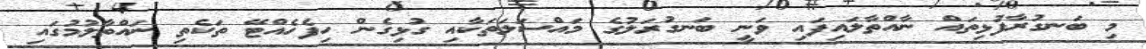
މި ބަނގުރާފުޅިތައް ނާއްތާލައިފައި ވަނީ ބަނގުރަލުގެ މައްސަލަތަކާއި ގުޅިގެން ހިފެހެއްޓޭ ތަކެތި ނައްތާލުމުގައި